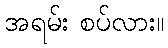
အရမ်း စပ်လား။